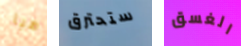
هيا ستحترق الغسق